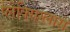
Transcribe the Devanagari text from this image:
प्लेक्सिग्लास